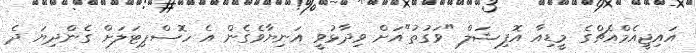
އައިޖީއެމްއެޗްގެ މީޑިއާ އޮފިޝަލް "ވަގުުތު"އަށް ވިދާޅުވީ އަނިޔާވެގެން އެ ހޮސްޕިޓަލަށް ގެންދިޔަ ދެ